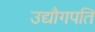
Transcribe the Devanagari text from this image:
उद्यौगपति